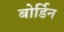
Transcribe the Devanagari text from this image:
बोर्डिन